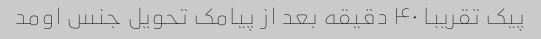
پیک تقریبا ۴۰ دقیقه بعد از پیامک تحویل جنس اومد